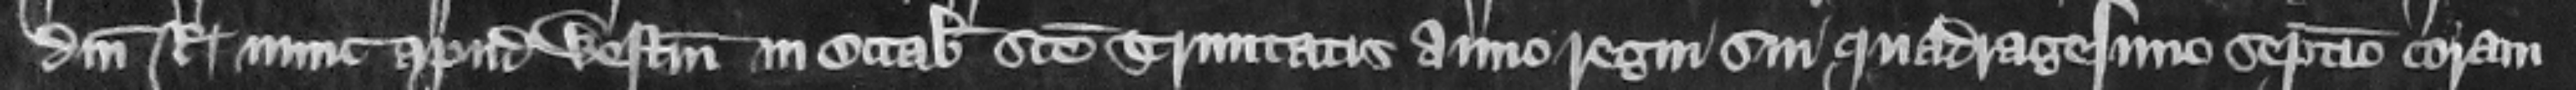
domini regis nunc apud Westmonasterium in octabis Sancte Trinitatis anno regni sui quadragesimo septimo coram